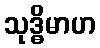
သုဒ္ဓိမာဟ